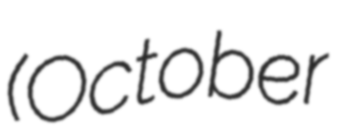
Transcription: (October